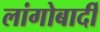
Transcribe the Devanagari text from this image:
लांगोबार्दी